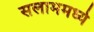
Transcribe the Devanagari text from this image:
सलाममध्ये